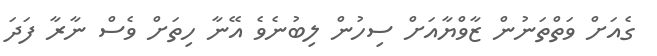
ގެއަށް ވަތްތަނުން ޒާވްޔާއަށް ސިހުން ލިބުނެވެ އޭނާ ހިތަށް ވެސް ނާރާ ފަދަ